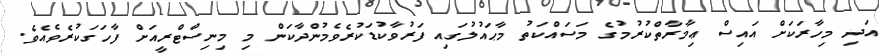
އަދި މިހާރަކަށް އައިސް ޢިމާރާތްކުރުމުގެ މަސައްކަތު މާޙައުލުގައި ފަރުވާކުޑަކުރެވެމުންދާކަން މި މިނިސްޓްރީއަށް ފާހަގަކުރެވެއެވެ.